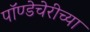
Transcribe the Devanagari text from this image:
पॉण्डेचेरीच्या